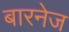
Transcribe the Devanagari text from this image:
बारनेज